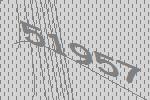
51957